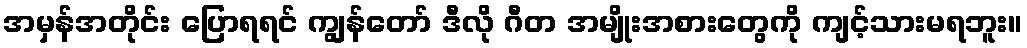
အမှန်အတိုင်း ပြောရရင် ကျွန်တော် ဒီလို ဂီတ အမျိုးအစားတွေကို ကျင့်သားမရဘူး။